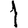
Digit: 1